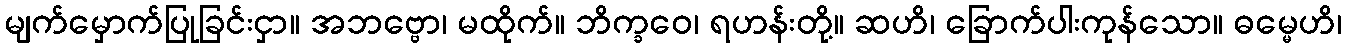
မျက်မှောက်ပြုခြင်းငှာ။ အဘဗ္ဗော၊ မထိုက်။ ဘိက္ခဝေ၊ ရဟန်းတို့။ ဆဟိ၊ ခြောက်ပါးကုန်သော။ ဓမ္မေဟိ၊